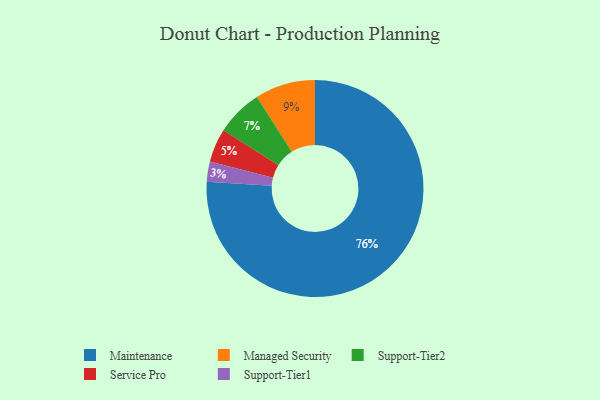
{"axis": {"x": "Category", "y": "Percentage"}, "legend": ["Maintenance", "Managed Security", "Service Pro", "Support-Tier1", "Support-Tier2"], "data": [{"x": "Support-Tier1", "y": 3, "type": "Support-Tier1"}, {"x": "Service Pro", "y": 5, "type": "Service Pro"}, {"x": "Maintenance", "y": 76, "type": "Maintenance"}, {"x": "Support-Tier2", "y": 7, "type": "Support-Tier2"}, {"x": "Managed Security", "y": 9, "type": "Managed Security"}]}